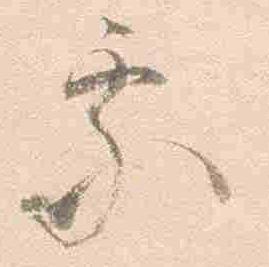
処